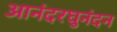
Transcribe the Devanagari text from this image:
आनंदरघुनंदन